Civil Veterinary Dept. Bombay admin report 1932-41 - 1932-1941
Year: 1932
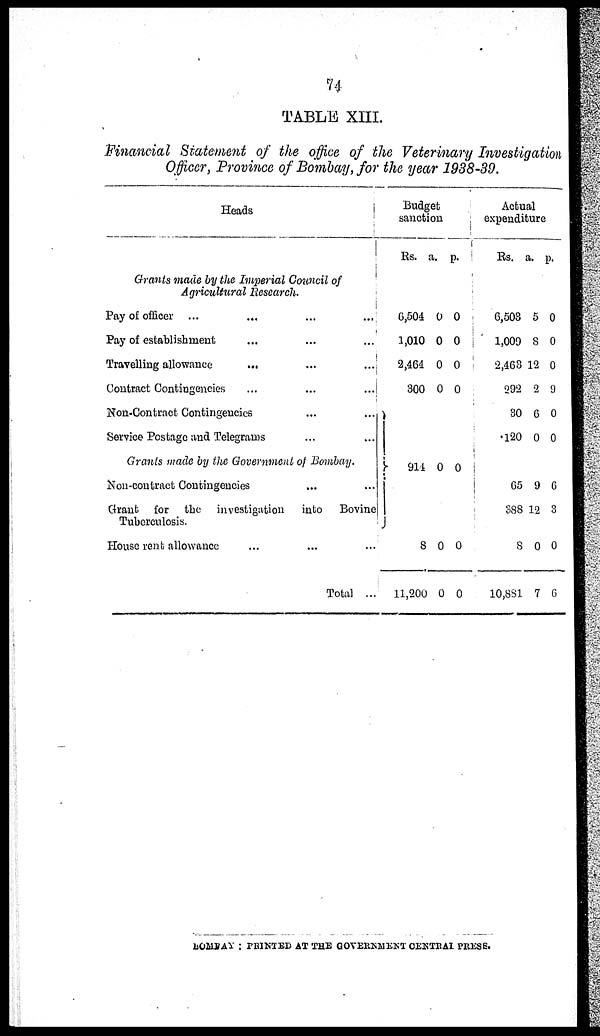
74
TABLE XIII.
Financial Statement of the office of the Veterinary Investigation
Officer, Province of Bombay, for the year 1938-39.
Heads
Grants made by the Imperial Council of
Agricultural Research.
Pay of officer ... ... ... ...
Pay of establishment ... ... ...
Travelling allowance
... ... ...
Contract Contingencies ... ... ...
Non-Contract Contingencies ... ...
Service Postage and Telegrams ... ...
Grants made by the Government of Bombay.
Non-contract Contingencies ... ...
Grant for the investigation into Bovine
Tuberculosis.
House rent allowance ... ... ...
Total ...
Budget
sanctieton
Rs.
6,504
1,010
2,464
300
914
8
11,200
a.
0
0
0
0
0
0
0
p.
0
0
0
0
0
0
0
Actual
expenditure
Rs.
6,503
1,009
2,463
292
30
120
65
388
8
10,881
a.
5
8
12
2
6
0
9
12
0
7
p.
0
0
0
9
0
0
6
3
0
6
BOMBAY: PRINTED AT THE GOVERNMENT CENTRAL PRESS.